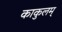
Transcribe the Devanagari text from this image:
काकुलम्